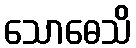
သောဓေသိ